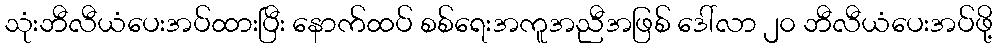
သုံးဘီလီယံပေးအပ်ထားပြီး နောက်ထပ် စစ်ရေးအကူအညီအဖြစ် ဒေါ်လာ ၂၀ ဘီလီယံပေးအပ်ဖို့